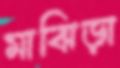
মাঝিড়া